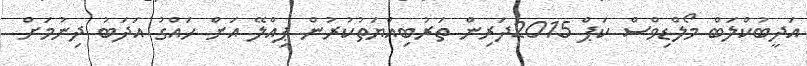
އަދީބުކްލަބް މޯލްޑިވްސް ކަޕް 2015ދަރިން ތަރުބިއްޔަތުކުރުން ޕިއްލޭ އަށް ހައްގު އަދަބު ދިނުމަށް